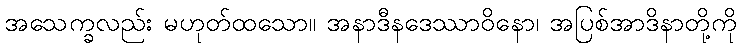
အသေက္ခလည်း မဟုတ်ထသော။ အနာဒီနဒေဿာဝိနော၊ အပြစ်အာဒိနာတို့ကို